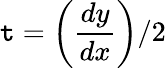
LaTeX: \mathtt{t}=\left({\frac{{dy}}{{dx}}}\right)/2